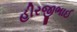
હીરજીભાઈ